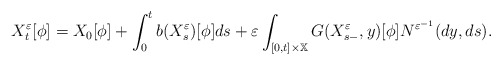
\begin{align*}X_{t}^{\varepsilon }[\phi ]=X_{0}[\phi ]+\int_{0}^{t}b(X_{s}^{\varepsilon})[\phi ]ds+\varepsilon \int_{\lbrack 0,t]\times \mathbb{X}}G(X_{s-}^{\varepsilon },y)[\phi ]N^{\varepsilon ^{-1}}(dy,ds).\end{align*}